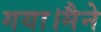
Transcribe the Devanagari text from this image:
गया।मैने